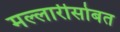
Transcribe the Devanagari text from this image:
मल्लारीसोबत